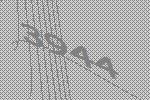
3944